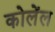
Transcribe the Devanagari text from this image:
कोलेंल